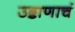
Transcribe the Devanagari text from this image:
उड्डाणाचं